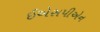
ઈએસપીએન